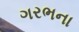
ગરભના